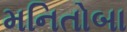
મનિતોબા